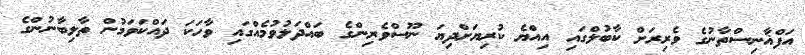
އަފްޣާނިސްތާނުގެ ވެރިރަށް ކާބުލްގައި އިއްޔެ ކުރިޔަށްދިޔަ ނޫސްވެރިންގެ ބައްދަލުވުމެއްގައި ވާހަކަ ދައްކަވަމުން ތާލިބާނުންގެ